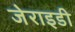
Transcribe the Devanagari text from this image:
जेराइडी